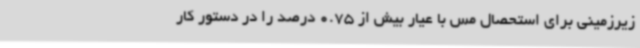
زیرزمینی برای استحصال مس با عیار بیش از 0.75 درصد را در دستور کار